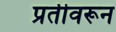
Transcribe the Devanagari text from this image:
प्रतीवरून